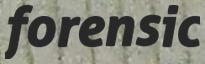
forensic